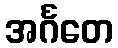
အင်္ဂတေ